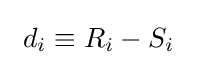
\ d_{i}\equiv R_{i}-S_{i}\